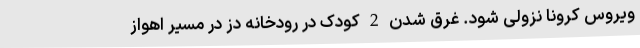
ویروس کرونا نزولی شود. غرق شدن 2 کودک در رودخانه دز در مسیر اهواز